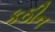
કઠીન